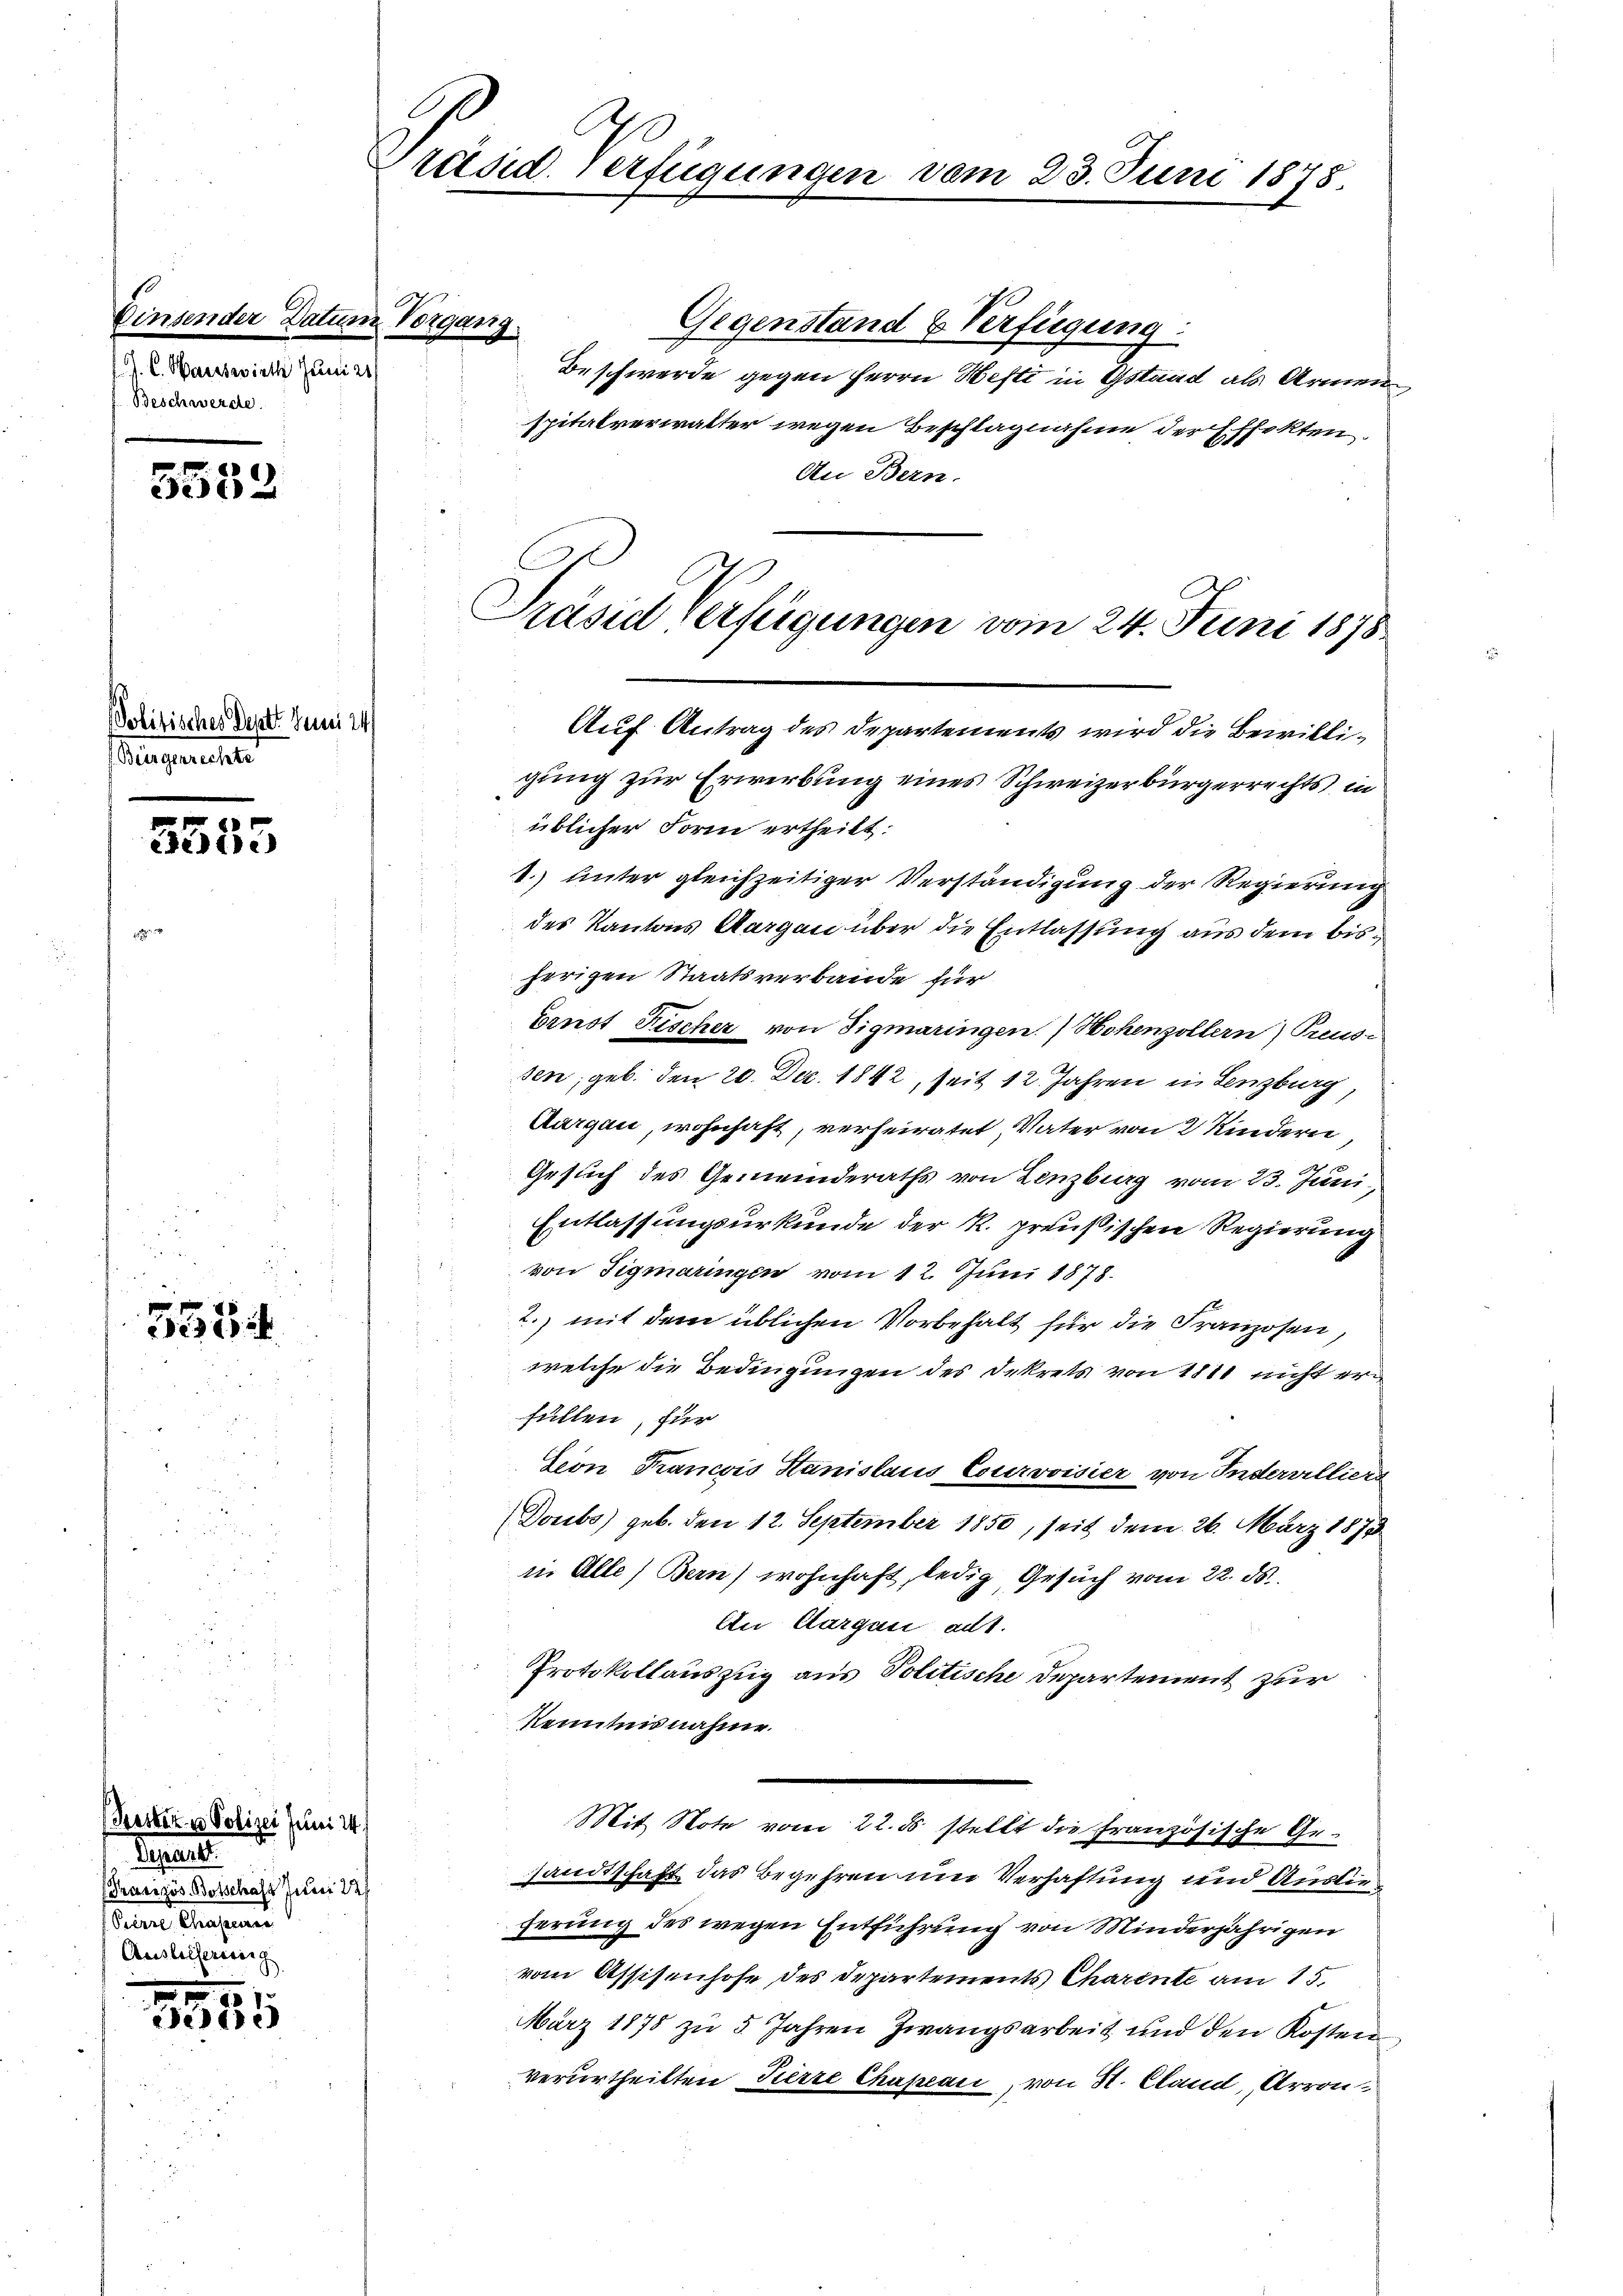
Einsender Datum Vorgang
J. C. Warsswirth Juni 21
Beschwerde.

5552

Politisches Dest. Juni 24
Praepartet

5555

e

(Seither u. Polizei Juni 14)
Separt
Prasizös. Botschaft Juni das
benen Fragen
Auslieferung

1555

räsid. Verfügungen vom 23. Juni 1878.

Gegenstand & Verfügung
Beschwerde gegen Herrn Hefti in Gstand als Armen
spitalverwalter wegen Beschlagnahme der Effekten.
An Bern.
Auf Antrag des Departements wird die Bewilligung zur Erwerbung eines Schweizerbürgerrechts in
üblicher Form ertheilt.
1.) Unter gleichzeitiger Verständigung der Regierung
des Kantons Aargau über die Entlassung aus dem bisherigen Staatsverbande für
Baust Fischer von Sigmaringen) Hohenzollern) Treus-
sen, geb. den 20. Dez. 1842, seit 12. Jahren in Lenzburg
Aargau, wohnhaft, verheiratet, Vater von 2 Kindern

Gesuch des Gemeinderaths von Lenzburg vom 23. Juni,
Entlassungsurkunde der R. preußischen Regierung
von Sigmaringen vom 12. Juni 1878.
2., mit dem üblichen Vorbehalt für die Franzosen,
welche die Bedingungen des Dekrets von 1811 nicht erfüllen, für
Ceon Francois Stanislaus Courvoisier von Inderwilliers
Doubs) geb. den 12. September 1850, seit dem 26. März 1873
in Alle) Bern) wohnhaft, ledig, Gesuch vom 22. ds.
An Aargau alt.
Protokollauszug aus Politische Departement zur
Kenntnisnahme.
Mit Note vom 22. ds. stellt die französische Gesandtschaft das Begehren um Verhaftung und Auslieferung des wegen Entführung von Minderjährigen
vom Assisenhofe des Departements Charente am 15.
März 1878 zu 5 Jahren Zwangsarbeit und den Kosten
verurtheilten Türre Chapeau, von St. Cland, Arron¬

Präsid Verfügungen vom 24. Juni 1875